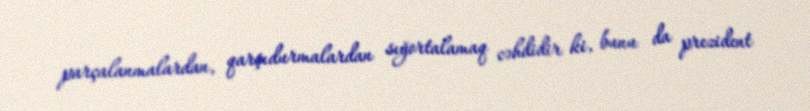
parçalanmalardan, qarşıdurmalardan sığortalamaq cəhdidir ki, bunu da prezident